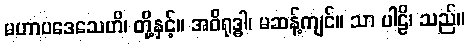
မဟာပဒေသေဟိ၊ တို့နှင့်။ အဝိရုဒ္ဓါ၊ မဆန့်ကျင်။ သာ ပါဠိ၊ သည်။